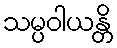
သမ္ပဝါယန္တိ